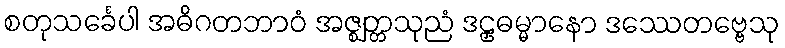
စတုသင်္ခေပါ အဓိဂတဘာဝံ အဇ္ဈတ္တသုညံ ဒဠှဓမ္မာနော ဒဿေတဗ္ဗေသု